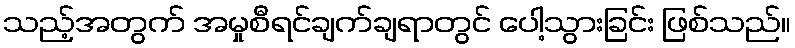
သည့်အတွက် အမှုစီရင်ချက်ချရာတွင် ပေါ့သွားခြင်း ဖြစ်သည်။